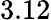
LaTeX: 3.12